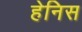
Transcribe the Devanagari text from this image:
हेनिस